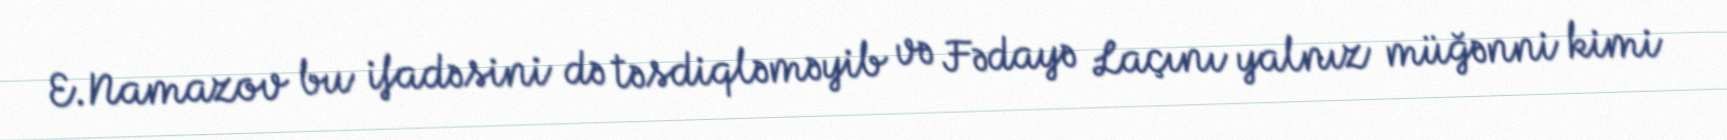
E.Namazov bu ifadəsini də təsdiqləməyib və Fədayə Laçını yalnız müğənni kimi